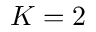
K = 2